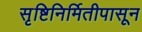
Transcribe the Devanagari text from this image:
सृष्टिनिर्मितीपासून